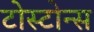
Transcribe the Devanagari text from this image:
टोस्टोन्स